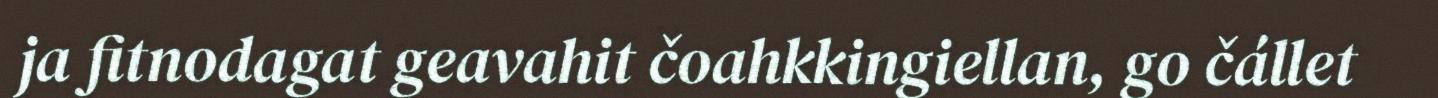
ja fitnodagat geavahit čoahkkingiellan, go čállet